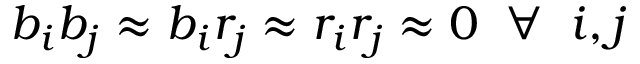
b _ { i } b _ { j } \approx b _ { i } r _ { j } \approx r _ { i } r _ { j } \approx 0 \; \; \forall \; \; i , j